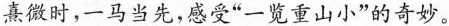
熹微时，一马当先，感受”一览重山小”的奇妙。